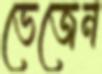
ভেজেন